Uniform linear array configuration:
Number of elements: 4
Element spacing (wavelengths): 1
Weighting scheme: kaiser
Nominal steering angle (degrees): -30
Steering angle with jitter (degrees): -30.357
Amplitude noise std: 0.05
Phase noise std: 0.05

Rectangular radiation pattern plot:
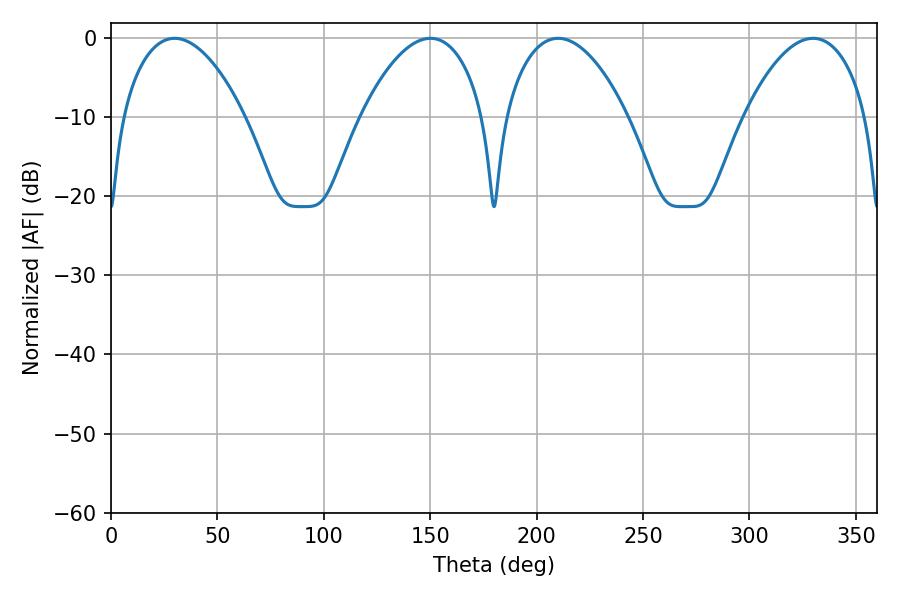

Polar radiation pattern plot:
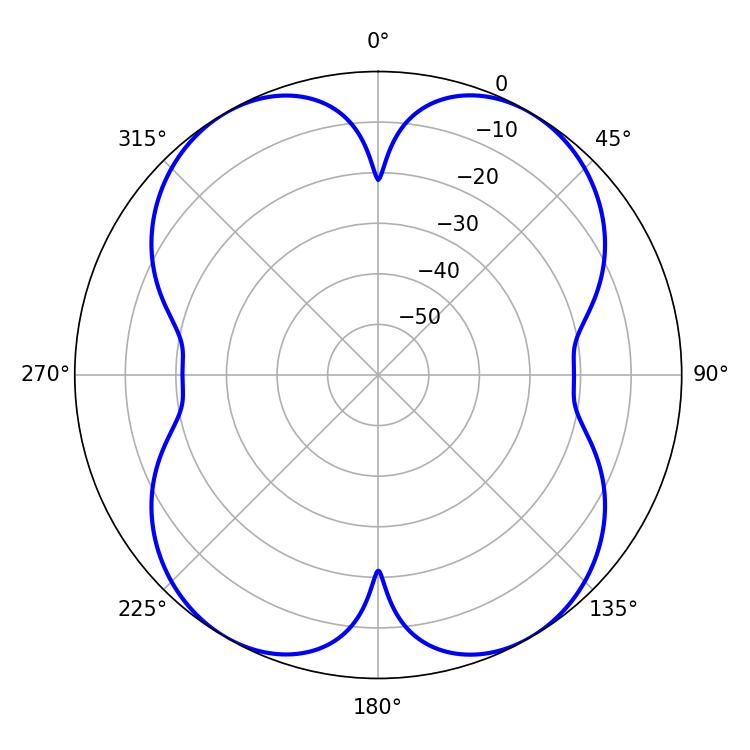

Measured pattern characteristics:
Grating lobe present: TRUE
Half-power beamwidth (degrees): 32.04
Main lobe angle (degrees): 29.88